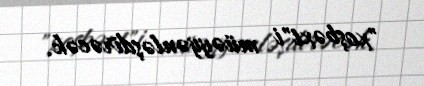
"xoşbəxt"i müəyyənləşdirəcək.